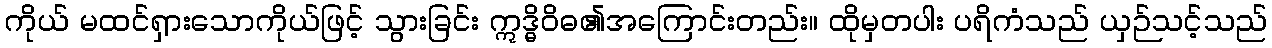
ကိုယ် မထင်ရှားသောကိုယ်ဖြင့် သွားခြင်း ဣဒ္ဓိဝိဓ၏အကြောင်းတည်း။ ထိုမှတပါး ပရိကံသည် ယှဉ်သင့်သည်